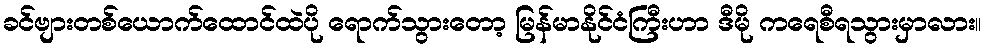
ခင်ဗျားတစ်ယောက်ထောင်ထဲပို ရောက်သွားတော့ မြန်မာနိုင်ငံကြီးဟာ ဒီမို ကရေစီရသွားမှာလား။